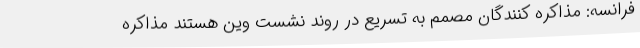
فرانسه: مذاکره کنندگان مصمم به تسریع در روند نشست وین هستند مذاکره